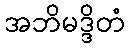
အဘိမဒ္ဒိတံ